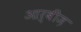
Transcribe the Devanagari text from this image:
आर्बीज़